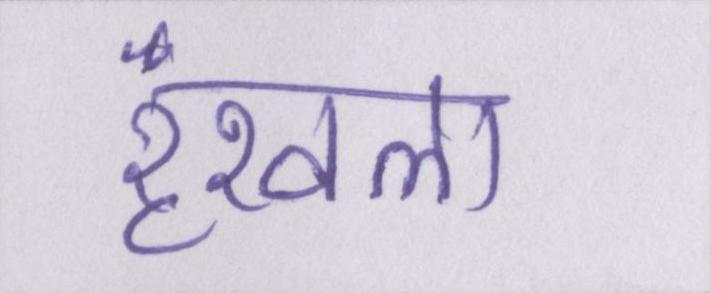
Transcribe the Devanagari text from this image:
रॄंखला